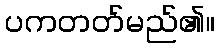
ပကတတ်မည်၏။